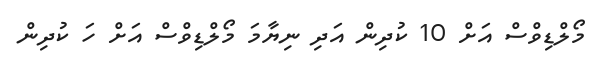
މޯލްޑިވްސް އަށް 10 ކުދިން އަދި ނިޔާމަ މޯލްޑިވްސް އަށް ހަ ކުދިން